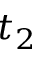
t _ { 2 }